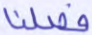
فصلنا